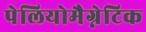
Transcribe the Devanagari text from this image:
पेलियोमैग्नेटिक